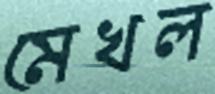
মেখল